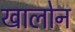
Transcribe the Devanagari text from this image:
खालोन